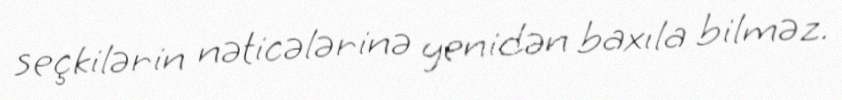
seçkilərin nəticələrinə yenidən baxıla bilməz.